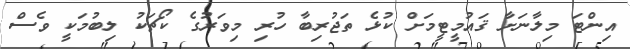
އިންޓަ މިލާނަށާ ޤައުމީޓީމަށް ކުޅެ ތަޖުރިބާ ހުރި މިވަރުގެ ކޯޗަކު ލިބުމަކީ ވެސް